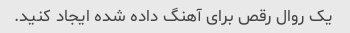
یک روال رقص برای آهنگ داده شده ایجاد کنید.